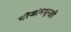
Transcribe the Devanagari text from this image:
चीजांमधूनही